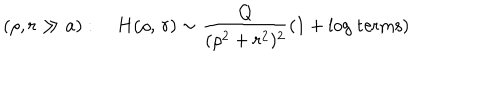
\left( \rho , r \gg a \right) : \quad H ( \rho , \, r ) \sim \frac { Q } { ( \rho ^ { 2 } + r ^ { 2 } ) ^ { 2 } } \left( 1 + \mathrm { l o g ~ t e r m s } \right)